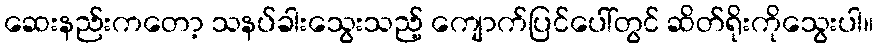
ဆေးနည်းကတော့ သနပ်ခါးသွေးသည့် ကျောက်ပြင်ပေါ်တွင် ဆိတ်ရိုးကိုသွေးပါ။